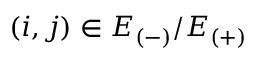
( i , j ) \in E _ { ( - ) } / E _ { ( + ) }